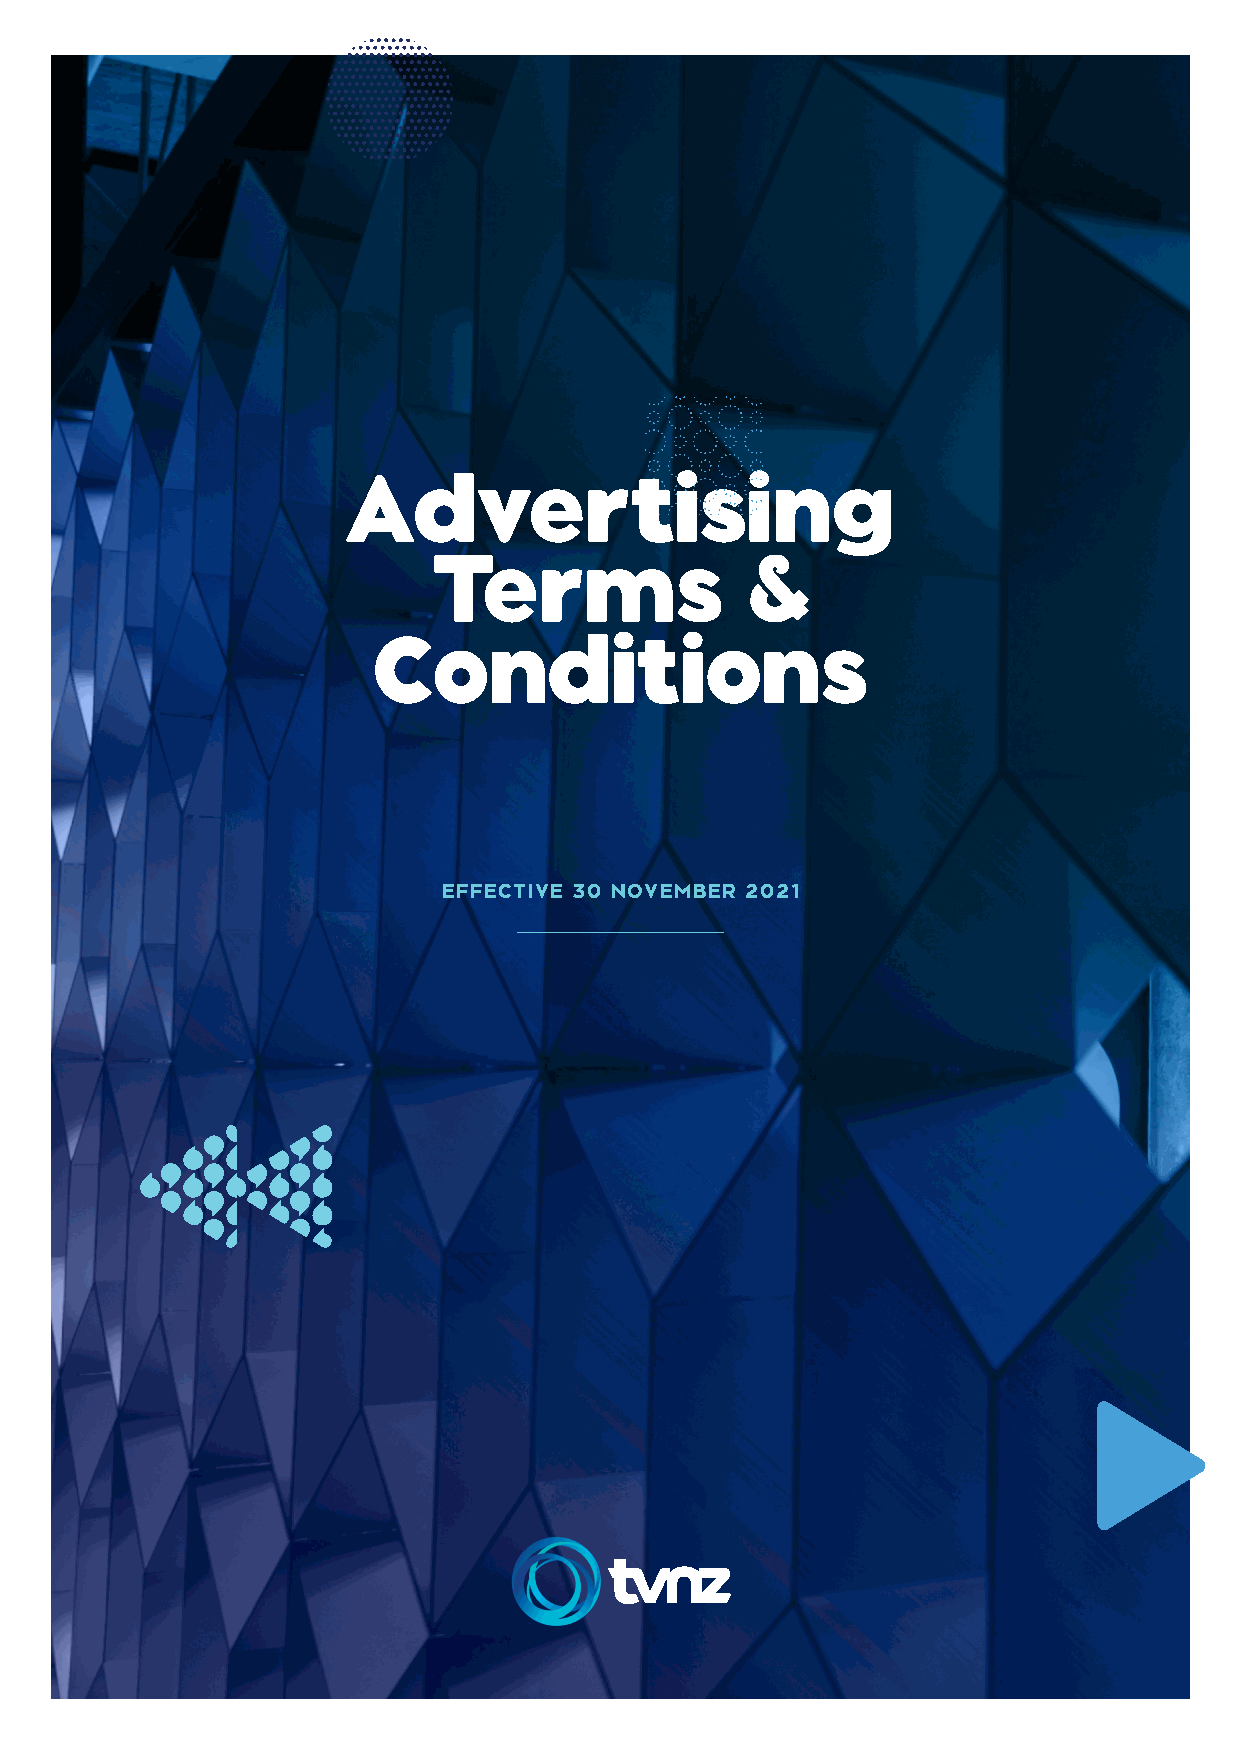
Adverttiising
 Terms                &
 Conditions
 EFFECTIVE 30 NOVEMBER 2021